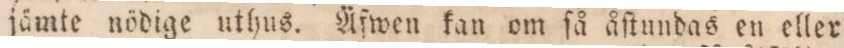
jämte nödige uthus. Äfwen kan om ſå åſtundas en eller